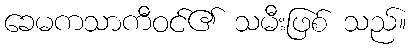
ခေမကသာကီဝင်၏ သမီးဖြစ် သည်။